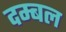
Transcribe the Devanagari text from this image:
दम्बल